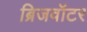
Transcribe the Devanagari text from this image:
ब्रिजवॉटर